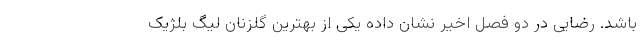
باشد. رضایی در دو فصل اخیر نشان داده یکی از بهترین گلزنان لیگ بلژیک